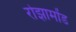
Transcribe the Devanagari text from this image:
रोझामोंड